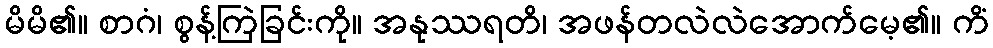
မိမိ၏။ စာဂံ၊ စွန့်ကြဲခြင်းကို။ အနုဿရတိ၊ အဖန်တလဲလဲအောက်မေ့၏။ ကိံ